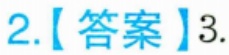
2.【答案】\(3\).